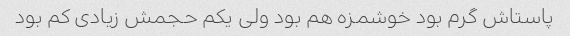
پاستاش گرم بود خوشمزه هم بود ولی یکم حجمش زیادی کم بود